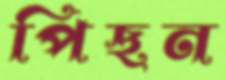
পিছন